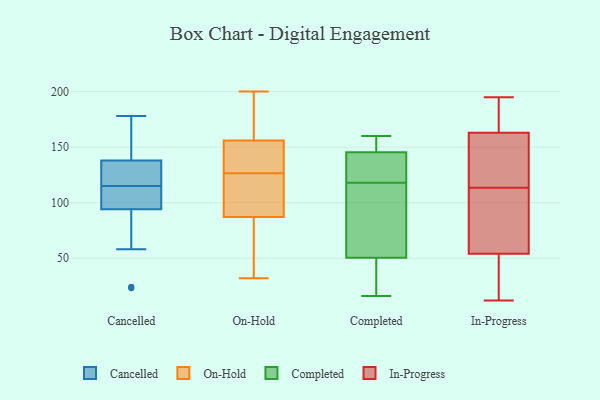
{"axis": {"x": "Net Income (USD K)", "y": "Value"}, "legend": ["Cancelled", "Completed", "In-Progress", "On-Hold"], "data": [{"x": "", "y": 140, "type": "Cancelled"}, {"x": "", "y": 121, "type": "Cancelled"}, {"x": "", "y": 116, "type": "Cancelled"}, {"x": "", "y": 106, "type": "Cancelled"}, {"x": "", "y": 112, "type": "Cancelled"}, {"x": "", "y": 23, "type": "Cancelled"}, {"x": "", "y": 148, "type": "Cancelled"}, {"x": "", "y": 110, "type": "Cancelled"}, {"x": "", "y": 138, "type": "Cancelled"}, {"x": "", "y": 24, "type": "Cancelled"}, {"x": "", "y": 146, "type": "Cancelled"}, {"x": "", "y": 178, "type": "Cancelled"}, {"x": "", "y": 120, "type": "Cancelled"}, {"x": "", "y": 114, "type": "Cancelled"}, {"x": "", "y": 58, "type": "Cancelled"}, {"x": "", "y": 24, "type": "Cancelled"}, {"x": "", "y": 131, "type": "Cancelled"}, {"x": "", "y": 94, "type": "Cancelled"}, {"x": "", "y": 53, "type": "On-Hold"}, {"x": "", "y": 107, "type": "On-Hold"}, {"x": "", "y": 126, "type": "On-Hold"}, {"x": "", "y": 198, "type": "On-Hold"}, {"x": "", "y": 196, "type": "On-Hold"}, {"x": "", "y": 200, "type": "On-Hold"}, {"x": "", "y": 32, "type": "On-Hold"}, {"x": "", "y": 127, "type": "On-Hold"}, {"x": "", "y": 156, "type": "On-Hold"}, {"x": "", "y": 148, "type": "On-Hold"}, {"x": "", "y": 50, "type": "On-Hold"}, {"x": "", "y": 41, "type": "On-Hold"}, {"x": "", "y": 147, "type": "On-Hold"}, {"x": "", "y": 198, "type": "On-Hold"}, {"x": "", "y": 87, "type": "On-Hold"}, {"x": "", "y": 103, "type": "On-Hold"}, {"x": "", "y": 137, "type": "On-Hold"}, {"x": "", "y": 118, "type": "On-Hold"}, {"x": "", "y": 146, "type": "Completed"}, {"x": "", "y": 134, "type": "Completed"}, {"x": "", "y": 44, "type": "Completed"}, {"x": "", "y": 145, "type": "Completed"}, {"x": "", "y": 140, "type": "Completed"}, {"x": "", "y": 102, "type": "Completed"}, {"x": "", "y": 148, "type": "Completed"}, {"x": "", "y": 90, "type": "Completed"}, {"x": "", "y": 16, "type": "Completed"}, {"x": "", "y": 160, "type": "Completed"}, {"x": "", "y": 34, "type": "Completed"}, {"x": "", "y": 57, "type": "Completed"}, {"x": "", "y": 12, "type": "In-Progress"}, {"x": "", "y": 89, "type": "In-Progress"}, {"x": "", "y": 161, "type": "In-Progress"}, {"x": "", "y": 140, "type": "In-Progress"}, {"x": "", "y": 179, "type": "In-Progress"}, {"x": "", "y": 114, "type": "In-Progress"}, {"x": "", "y": 74, "type": "In-Progress"}, {"x": "", "y": 195, "type": "In-Progress"}, {"x": "", "y": 162, "type": "In-Progress"}, {"x": "", "y": 56, "type": "In-Progress"}, {"x": "", "y": 13, "type": "In-Progress"}, {"x": "", "y": 164, "type": "In-Progress"}, {"x": "", "y": 113, "type": "In-Progress"}, {"x": "", "y": 175, "type": "In-Progress"}, {"x": "", "y": 47, "type": "In-Progress"}, {"x": "", "y": 52, "type": "In-Progress"}, {"x": "", "y": 84, "type": "In-Progress"}, {"x": "", "y": 29, "type": "In-Progress"}, {"x": "", "y": 115, "type": "In-Progress"}, {"x": "", "y": 191, "type": "In-Progress"}]}